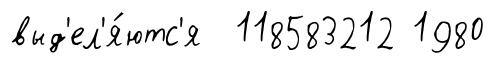
выд'ел'я́ютс'я 118583212 1980